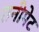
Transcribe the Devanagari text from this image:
रानीपेट